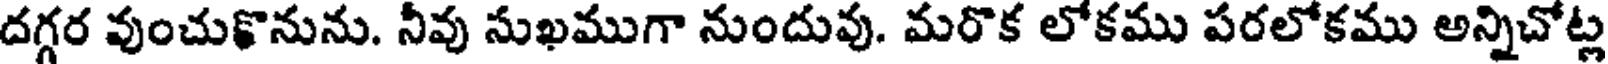
దగ్గర వుంచుకొనును. నీవు సుఖముగా నుందువు. మరొక లోకము పరలోకము అన్నిచోట్ల